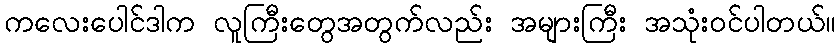
ကလေးပေါင်ဒါက လူကြီးတွေအတွက်လည်း အများကြီး အသုံးဝင်ပါတယ်။